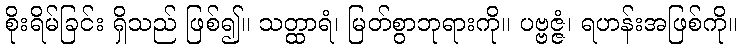
စိုးရိမ်ခြင်း ရှိသည် ဖြစ်၍။ သတ္ထာရံ၊ မြတ်စွာဘုရားကို။ ပဗ္ဗဇ္ဇံ၊ ရဟန်းအဖြစ်ကို။